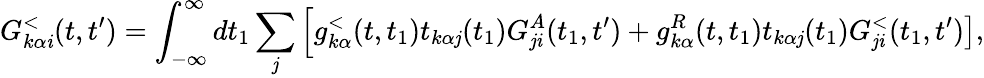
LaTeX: G_{k\alpha\mathit{i}}^{<}(t,t^{\prime})=\int_{-\infty}^{\infty}dt_{1}\sum_{\mathit{j}}\left[g_{k\alpha}^{<}(t,t_{1})t_{k\alpha\mathit{j}}(t_{1})G_{\mathit{j}\mathit{i}}^{A}(t_{1},t^{\prime})\right.+\left.g_{k\alpha}^{R}(t,t_{1})t_{k\alpha\mathit{j}}(t_{1})G_{\mathit{j}\mathit{i}}^{<}(t_{1},t^{\prime})\right],